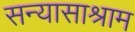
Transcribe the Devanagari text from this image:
सन्यासाश्राम